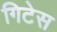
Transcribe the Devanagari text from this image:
गिटेस